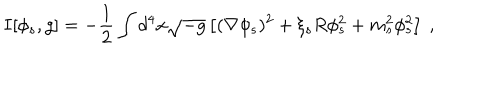
I [ \phi _ { s } , g ] = - \frac 1 2 \int d ^ { 4 } x \sqrt { - g } \left[ ( \nabla \phi _ { s } ) ^ { 2 } + \xi _ { s } R \phi _ { s } ^ { 2 } + m _ { s } ^ { 2 } \phi _ { s } ^ { 2 } \right] ~ ,